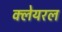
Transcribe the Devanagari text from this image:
क्लेयरल